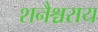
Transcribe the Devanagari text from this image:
शनैश्चराय